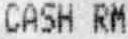
CASH RM